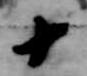
十